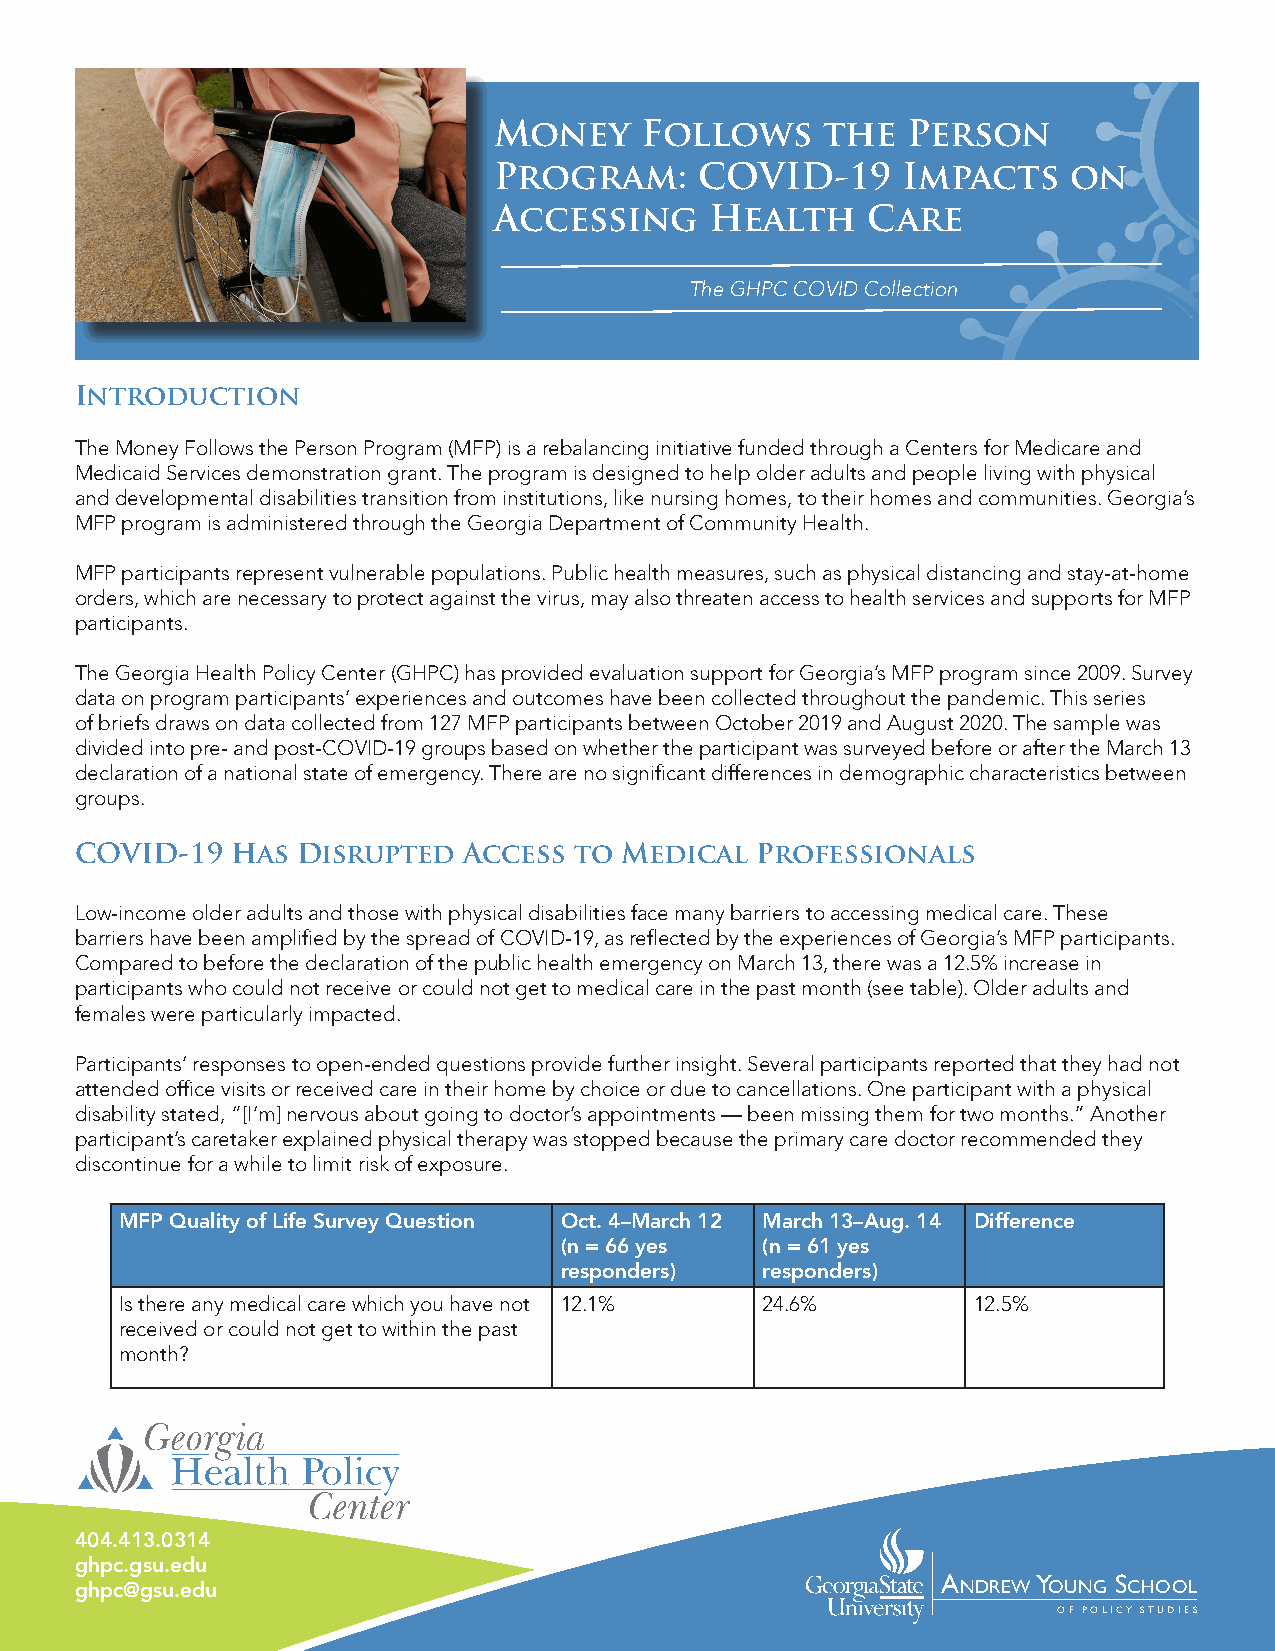
Money    Follows     the   Person
 Program:     COVID-19      Impacts    on
 Accessing     Health    Care
 The GHPC COVID Collection
 Introduction
 The Money Follows the Person Program (MFP) is a rebalancing initiative funded through a Centers for Medicare and
 Medicaid Services demonstration grant. The program is designed to help older adults and people living with physical
 and developmental disabilities transition from institutions, like nursing homes, to their homes and communities. Georgia’s
 MFP program is administered through the Georgia Department of Community Health.
 MFP participants represent vulnerable populations. Public health measures, such as physical distancing and stay-at-home
 orders, which are necessary to protect against the virus, may also threaten access to health services and supports for MFP
 participants.
 The Georgia Health Policy Center (GHPC) has provided evaluation support for Georgia’s MFP program since 2009. Survey
 data on program participants’ experiences and outcomes have been collected throughout the pandemic. This series
 of briefs draws on data collected from 127 MFP participants between October 2019 and August 2020. The sample was
 divided into pre- and post-COVID-19 groups based on whether the participant was surveyed before or after the March 13
 declaration of a national state of emergency. There are no significant differences in demographic characteristics between
 groups.
 COVID-19  Has  Disrupted  Access to Medical  Professionals
 Low-income older adults and those with physical disabilities face many barriers to accessing medical care. These
 barriers have been amplified by the spread of COVID-19, as reflected by the experiences of Georgia’s MFP participants.
 Compared to before the declaration of the public health emergency on March 13, there was a 12.5% increase in
 participants who could not receive or could not get to medical care in the past month (see table). Older adults and
 females were particularly impacted.
 Participants’ responses to open-ended questions provide further insight. Several participants reported that they had not
 attended office visits or received care in their home by choice or due to cancellations. One participant with a physical
 disability stated, “[I’m] nervous about going to doctor’s appointments — been missing them for two months.” Another
 participant’s caretaker explained physical therapy was stopped because the primary care doctor recommended they
 discontinue for a while to limit risk of exposure.
 MFP Quality of Life Survey Question Oct. 4–March 12 March 13–Aug. 14 Difference
 (n = 66 yes  (n = 61 yes
 responders)  responders)
 Is there any medical care which you have not 12.1% 24.6% 12.5%
 received or could not get to within the past
 month?
 404.413.0314
 ghpc.gsu.edu
 ghpc@gsu.edu
 ANDREW YOUNG SCHOOL
 OF POLICY STUDIES